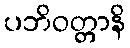
ပဘိဝတ္တာနိ